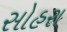
સોહરા